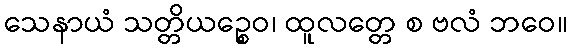
သေနာယံ သတ္တိယဉ္စေဝ၊ ထူလတ္တေ စ ဗလံ ဘဝေ။